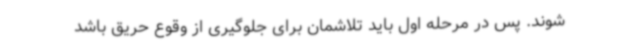
شوند. پس در مرحله اول باید تلاشمان برای جلوگیری از وقوع حریق باشد